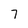
Character: 7